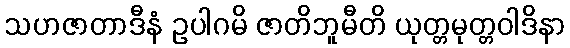
သဟဇာတာဒီနံ ဥပါဂမိ ဇာတိဘူမီတိ ယုတ္တမုတ္တဝါဒိနာ